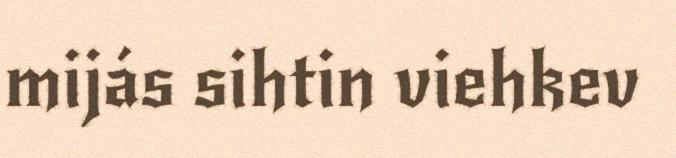
mijás sihtin viehkev